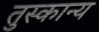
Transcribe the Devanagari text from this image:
तुस्कान्य